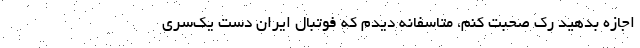
اجازه بدهيد رك صحبت كنم، متاسفانه ديدم كه فوتبال ايران دست يك‌سري